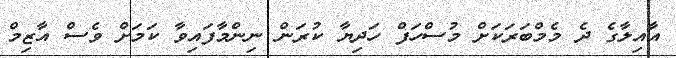
އާއިލާގެ ދެ މެމްބަރަކަށް މުސްހަފް ހަދިޔާ ކުރަން ނިންމާފައިވާ ކަމަށް ވެސް އާޒިމް